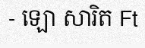
- ឡោ សារិត Ft